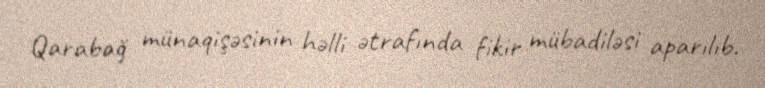
Qarabağ münaqişəsinin həlli ətrafında fikir mübadiləsi aparılıb.